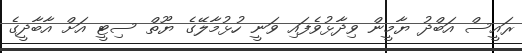
ރައީސް އަބްދު ޔާމީން ވިދާޅުވެފައި ވަނީ ހުޅުމާލޭގެ ޔޫތް ސިޓީ އަށް އާބާދީގެ